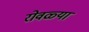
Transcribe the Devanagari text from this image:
रोवळ्या